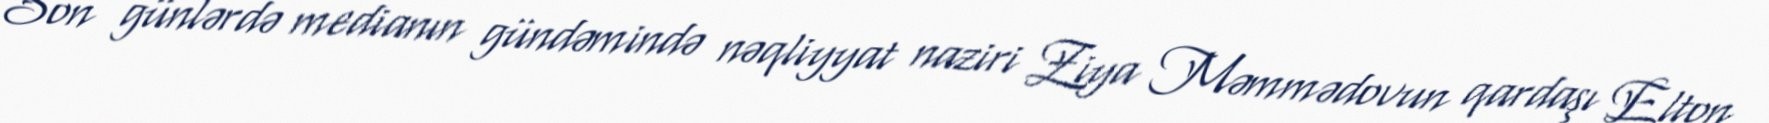
Son günlərdə medianın gündəmində nəqliyyat naziri Ziya Məmmədovun qardaşı Elton